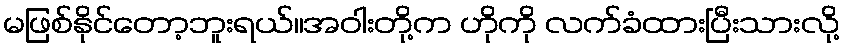
မဖြစ်နိုင်တော့ဘူးရယ်။အဝါးတို့က ဟိုကို လက်ခံထားပြီးသားလို့